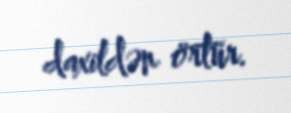
daxildən örtür.